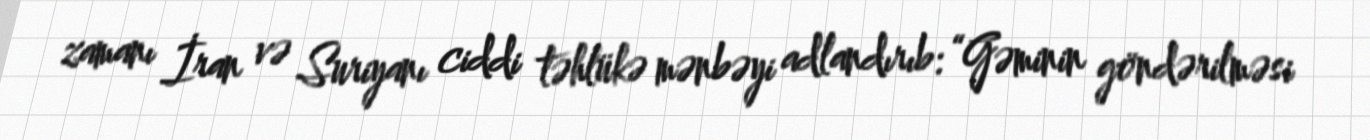
zamanı İran və Suriyanı ciddi təhlükə mənbəyi adlandırıb: “Gəminin göndərilməsi